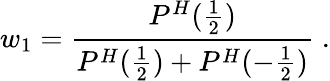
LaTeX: w_{1}={\frac{P^{H}({\frac{1}{2}})}{P^{H}({\frac{1}{2}})+P^{H}(-{\frac{1}{2}})}}\; .